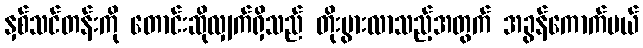
နှစ်သင်တန်းကို တောင်းဆိုလျှက်ရှိသည် တိုးပွားလာသည့်အတွက် အခွန်ကောက်မယ်